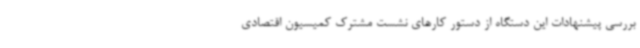
بررسی پیشنهادات این دستگاه از دستور کارهای نشست مشترک کمیسیون اقتصادی